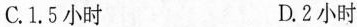
C.1.5小时 D.2小时